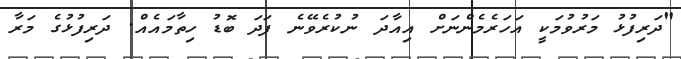
"ދަރިފުޅު މަރުވުމަކީ އަހަރެމެންނަށް އިއާދަ ނުކުރެވޭނެ ފަދަ ބޮޑު ހިތާމައެއް. ދަރިފުޅުގެ މަރާ